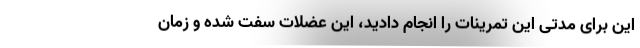
این برای مدتی این تمرینات را انجام دادید، این عضلات سفت شده و زمان